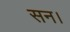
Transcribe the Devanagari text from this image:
सन।